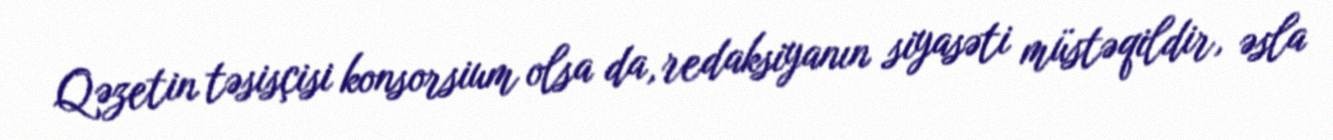
Qəzetin təsisçisi konsorsium olsa da, redaksiyanın siyasəti müstəqildir, əsla